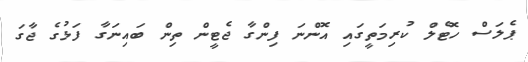
ޕެލަސް ހޮޓެލް ކުރިމަތީގައި އޮންނަ ފިންގާ ޖެޓީން ތިން ބައިނަގާ ފަޅުގެ ޖާގަ